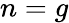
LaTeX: n=g